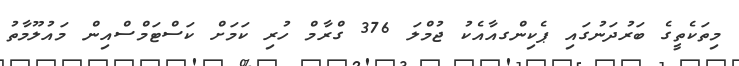
މިތަކެތީގެ ބަރުދަނުގައި ޕެކިންގއާއެކު ޖުމްލަ 376 ގްރާމް ހުރި ކަމަށް ކަސްޓަމްސްއިން މައުލޫމާތު